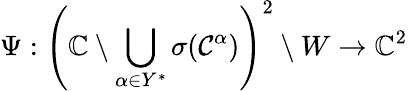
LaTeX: \Psi:\left(\mathbb{C}\setminus\bigcup_{\alpha\in Y^{*}}\sigma(\mathcal{C}^{\alpha})\right)^{2}\setminus W\rightarrow\mathbb{C}^{2}